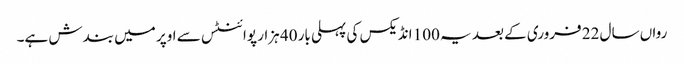
رواں سال 22 فروری کے بعد یہ 100 انڈیکس کی پہلی بار 40 ہزار پوائنٹس سے اوپر میں بندش ہے۔